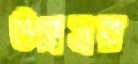
উগ্রস্বর